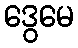
ဒွေမေ